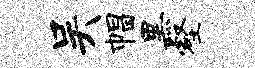
吴帽黑壑